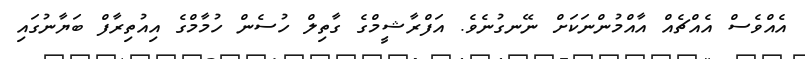
އެއްވެސް އެއްޗެއް އާއްމުންނަކަށް ނޭނގުނެވެ. އަފްރާޝީމްގެ ގާތިލް ހުސެން ހުމާމްގެ އިއުތިރާފް ބަޔާނުގައި